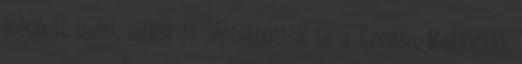
lehetett tudni, mikor is lép­tethették be a Rendbe. Megfogták